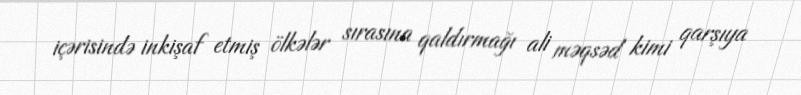
içərisində inkişaf etmiş ölkələr sırasına qaldırmağı ali məqsəd kimi qarşıya